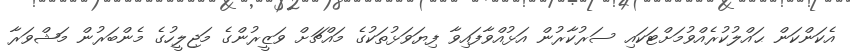
އެކަންކަން ޙައްލުކުރެއްވުމަށްޓަކައި ސަރުކާރުން އަޅުއްވާފައިވާ ފިޔަވަޅުތަކުގެ މައްޗަށް ވަޒީރުންގެ މަޖިލީހުގެ މެންބަރުން މަޝްވަރާ